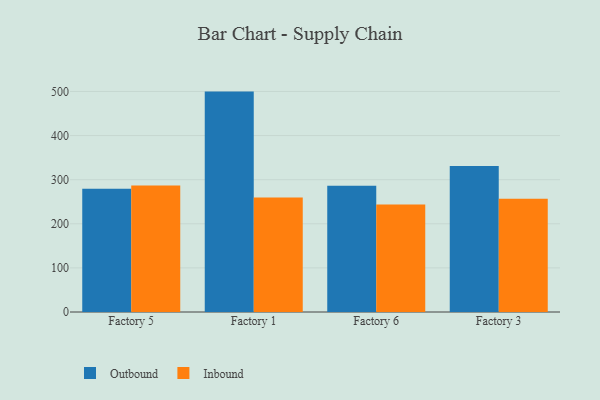
{"axis": {"x": "Factory", "y": "Inventory Turnover"}, "legend": ["Inbound", "Outbound"], "data": [{"x": "Factory 5", "y": 279.5, "type": "Outbound"}, {"x": "Factory 5", "y": 286.9, "type": "Inbound"}, {"x": "Factory 1", "y": 499.7, "type": "Outbound"}, {"x": "Factory 1", "y": 259.4, "type": "Inbound"}, {"x": "Factory 6", "y": 286.0, "type": "Outbound"}, {"x": "Factory 6", "y": 243.6, "type": "Inbound"}, {"x": "Factory 3", "y": 330.9, "type": "Outbound"}, {"x": "Factory 3", "y": 256.8, "type": "Inbound"}]}